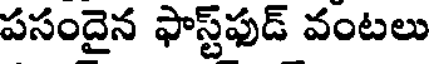
పసందైన ఫాస్ట్ఫుడ్ వంటలు